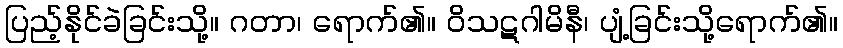
ပြည့်နိုင်ခဲခြင်းသို့။ ဂတာ၊ ရောက်၏။ ဝိသဋဂါမိနီ၊ ပျံ့ခြင်းသို့ရောက်၏။